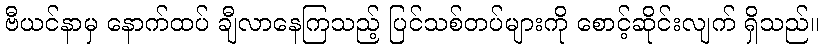
ဗီယင်နာမှ နောက်ထပ် ချီလာနေကြသည့် ပြင်သစ်တပ်များကို စောင့်ဆိုင်းလျက် ရှိသည်။